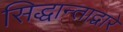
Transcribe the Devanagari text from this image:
सिद्धान्ताद्वारे